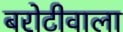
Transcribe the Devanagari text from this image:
बरोटीवाला